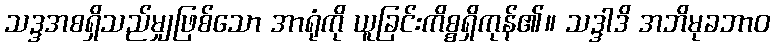
သဒ္ဒအစရှိသည်မျှဖြစ်သော အာရုံကို ယူခြင်းကိစ္စရှိကုန်၏။ သဒ္ဒါဒိ အဘိမုခဘာဝ